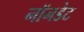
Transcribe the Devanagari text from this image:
नॉनडेट